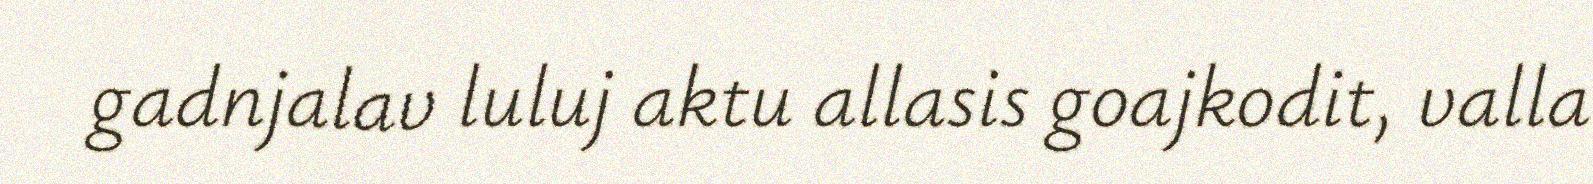
gadnjalav luluj aktu allasis goajkodit, valla